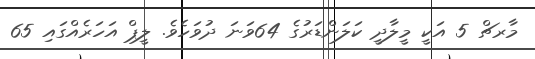
މާރޗް 5 އަކީ މީލާދީ ކަލަންޑަރުގެ 64ވަނަ ދުވަހެވެ. ލީޕް އަހަރެއްގައި 65